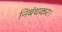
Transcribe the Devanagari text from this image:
निबंधकर।